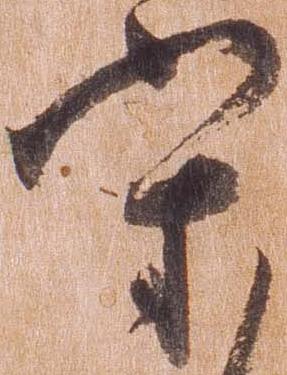
守